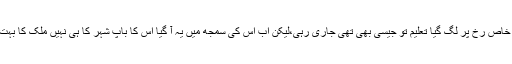
منصور کا ذہن ایک خاص ڈھب اور خاص رخ پر لگ گیا تعلیم تو جیسی بھی تھی جاری رہی،لیکن اب اس کی سمجھ میں یہ آ گیا اس کا باپ شہر کا ہی نہیں ملک کا بہت ہی با اثر صنعت کار اور تاجر ہے۔